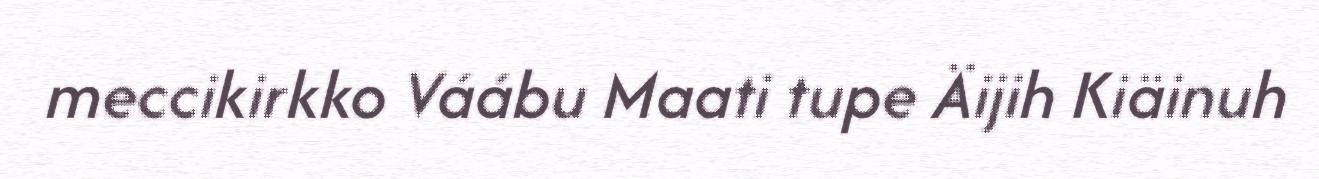
meccikirkko Váábu Maati tupe Äijih Kiäinuh